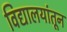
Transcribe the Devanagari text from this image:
विद्यालयांतून